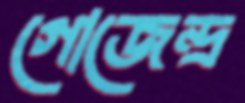
গোজেন্দ্র